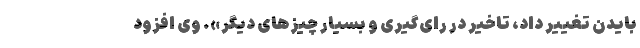
بایدن تغییر داد، تاخیر در رأی‌گیری و بسیار چیزهای دیگر». وی افزود